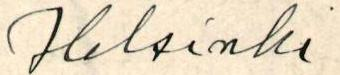
Helsinki